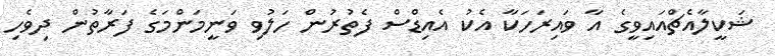
ޝަކީލާއެޗްއައިވީގެ އާ ވައިރަހަކާ އެކު އެއިޑްސް ފެތުރުން ހަލުވި ވަނީމަންމަގެ ފަރާތުން ދިވެހި